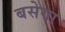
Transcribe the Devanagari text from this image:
बसेगा